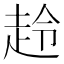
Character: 𧻋